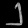
Digit: ၂